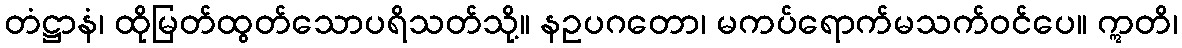
တံဋ္ဌာနံ၊ ထိုမြတ်ထွတ်သောပရိသတ်သို့။ နဥပဂတော၊ မကပ်ရောက်မသက်ဝင်ပေ။ ဣတိ၊